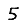
Digit: 5